Annual statistical returns and brief notes on vaccination in Bengal - 1887-1898
Year: 1887
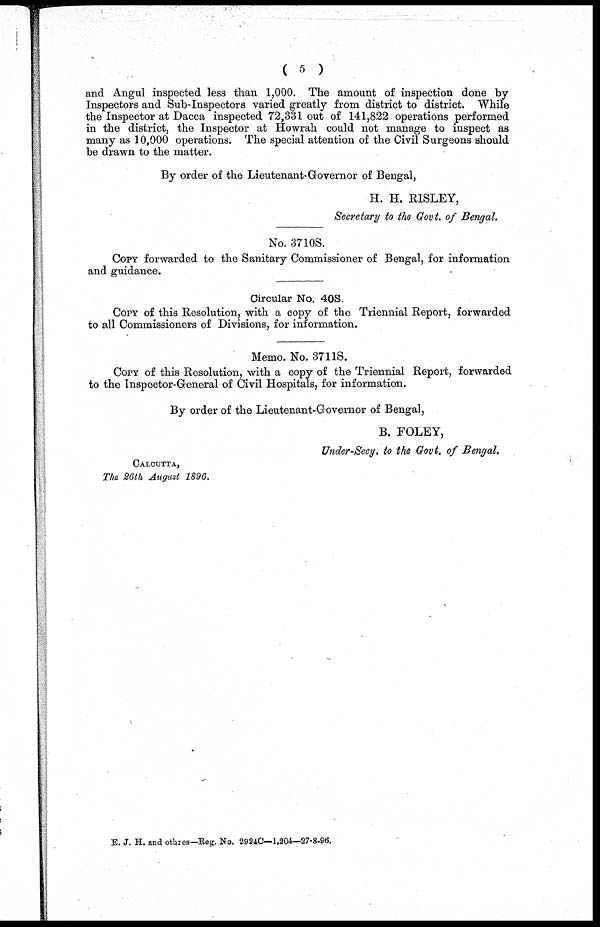
( 5 )
and Angul inspected less than 1,000. The amount of inspection done by
Inspectors and Sub-Inspectors varied greatly from district to district. While
the Inspector at Dacca inspected 72,331 out of 141,822 operations performed
in the district, the Inspector at Howrah could not manage to inspect as
many as 10,000 operations. The special attention of the Civil Surgeons should
be drawn to the matter.
By order of the Lieutenant-Governor of Bengal,
H. H. RISLEY,
Secretary to the Govt. of Bengal.
No. 3710S.
COPY forwarded to the Sanitary Commissioner of Bengal, for information
and guidance.
Circular No. 40S.
COPY of this Resolution, with a copy of the Triennial Report, forwarded
to all Commissioners of Divisions, for information.
Memo. No. 3711S.
COPY of this Resolution, with a copy of the Triennial Report, forwarded
to the Inspector-General of Civil Hospitals, for information.
By order of the Lieutenant-Governor of Bengal,
B. FOLEY,
Under-Secy. to the Govt. of Bengal.
CALCUTTA,
The 26th August 1896.
E. J. H. and othres—Reg. No. 2924C—1,204—27-8-96.